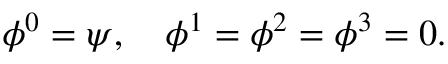
\phi ^ { 0 } = \psi , \quad \phi ^ { 1 } = \phi ^ { 2 } = \phi ^ { 3 } = 0 .